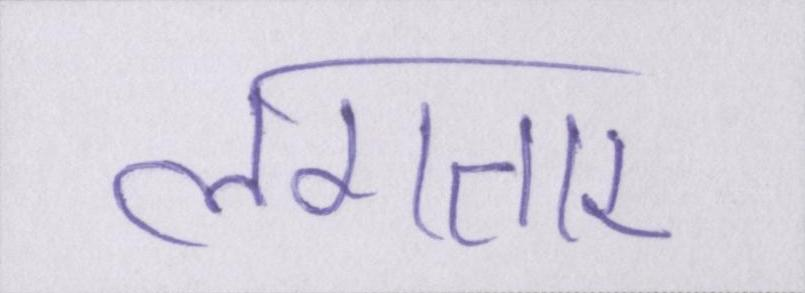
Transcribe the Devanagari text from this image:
लगतार